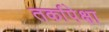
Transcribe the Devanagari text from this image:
तर्कापेक्षा